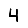
Digit: 4